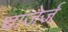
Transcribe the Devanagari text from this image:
चाजेर्ज